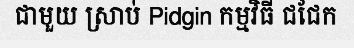
ជាមួយ ស្រាប់ Pidgin កម្មវិធី ជជែក